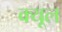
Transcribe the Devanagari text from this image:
क्यूल